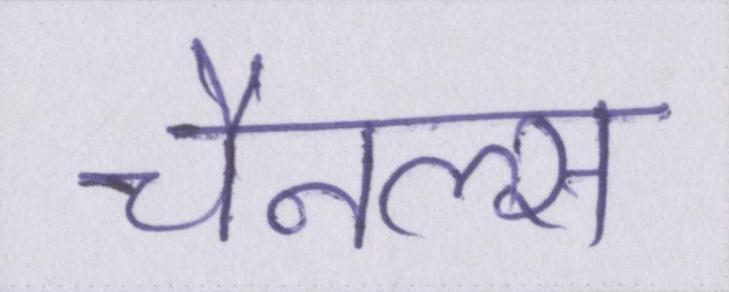
चैनल्स